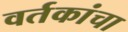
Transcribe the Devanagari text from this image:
वर्तकांचा